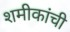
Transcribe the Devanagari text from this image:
शमीकांची